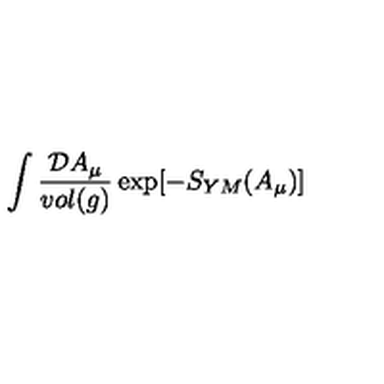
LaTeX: \int \frac { { \cal D } A _ { \mu } } { v o l ( g ) } \exp [ - S _ { Y M } ( A _ { \mu } ) ]